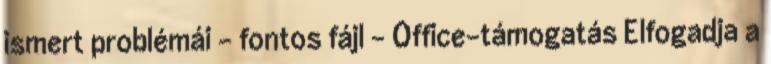
ismert problémái – fontos fájl - Office-támogatás Elfogadja a